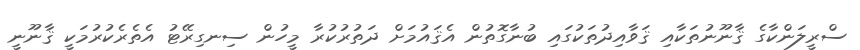
ސްރީލަންކާގެ ޤާނޫނުތަކާއި ޤަވާއިދުތަކުގައި ބުނާގޮތުން އެޤައުމަށް ދަތުރުކުރާ މީހުން ސިނގިރޭޓު އެތެރެކުރުމަކީ ޤާނޫނީ